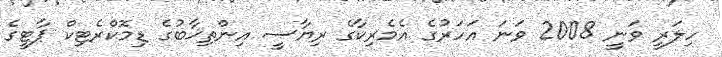
ހިލަރީ ވަނީ 2008 ވަނަ އަހަރުގެ އެމެރިކާގެ ރިޔާސީ އިންތިޚާބުގެ ޑިމޮކްރެޓިކް ޕާޓީގެ